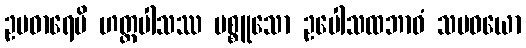
ဥပဓာရေမိ ဟတ္ထပါသဿ ပစ္စူသော ဥပေါသထဘာဝံ သမဝယော